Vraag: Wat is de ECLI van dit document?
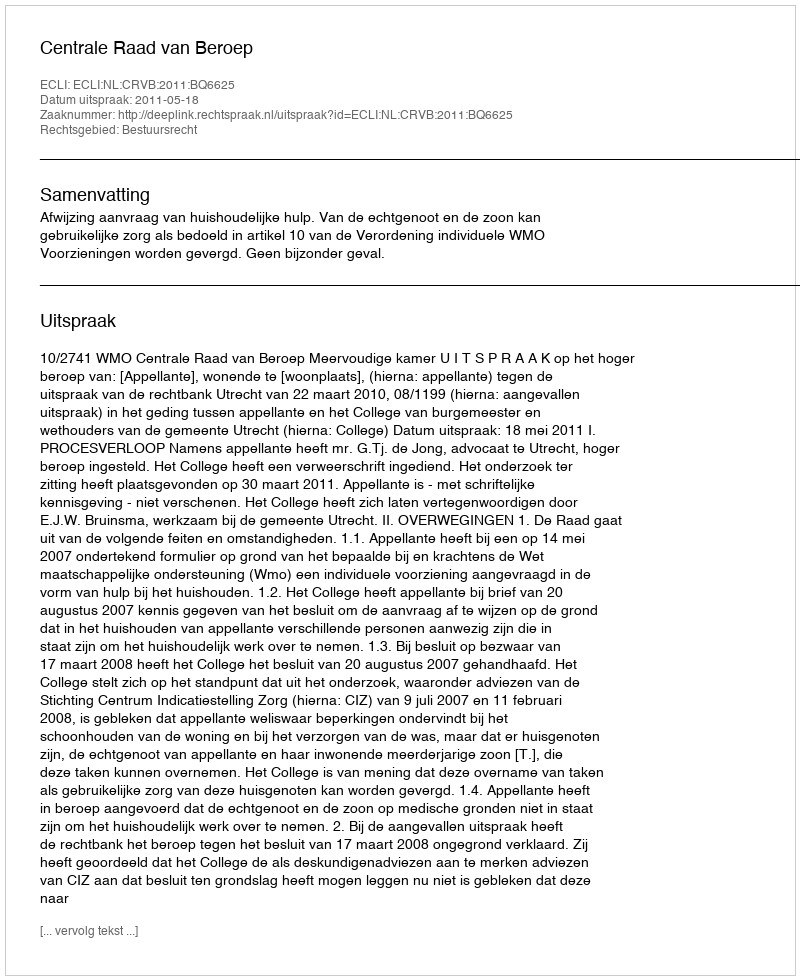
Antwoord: ECLI:NL:CRVB:2011:BQ6625